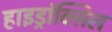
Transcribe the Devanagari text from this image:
हाइड्रांक्सिल